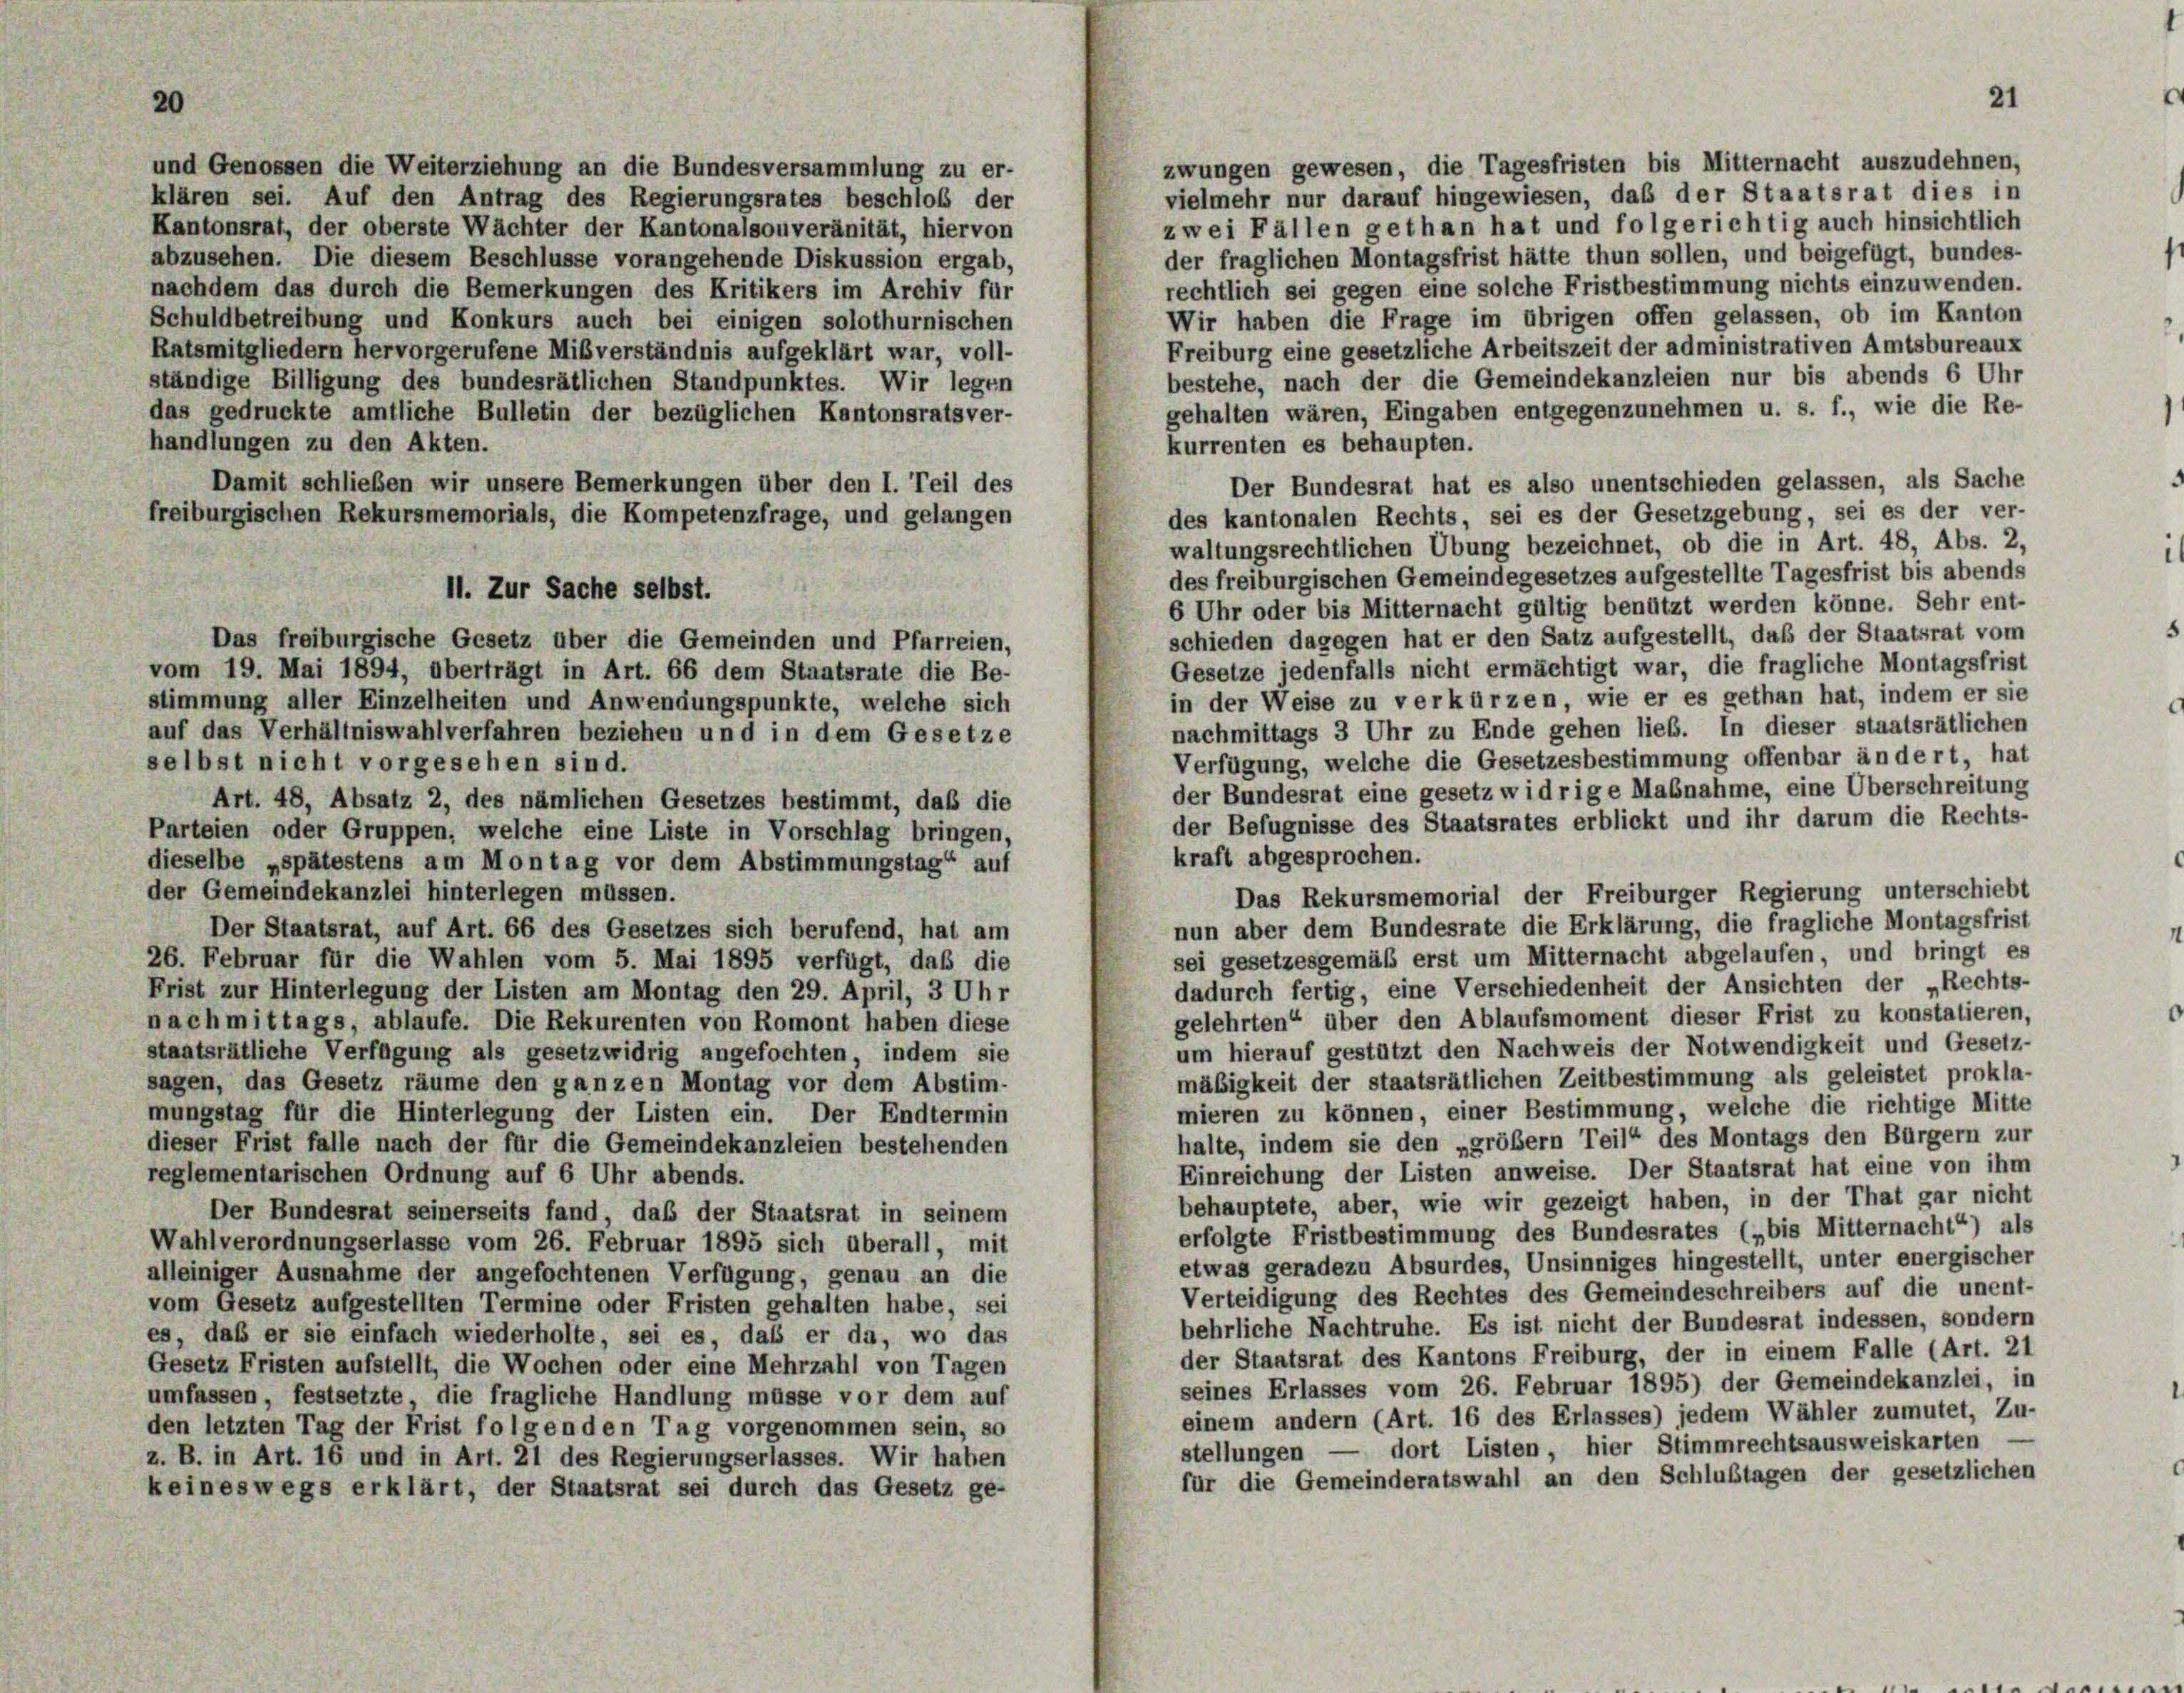
20

zwungen gewesen, die Tagesfristen bis Mitternacht auszudehnen,
und Genossen die Weiterziehung an die Bundesversammlung zu er-
vielmehr nur darauf hingewiesen, daß der Staatsrat dies in
klären sei. Auf den Antrag des Regierungsrates beschloß der
zwei Fällen gethan hat und folgerichtig auch hinsichtlich
Kantonsrat, der oberste Wächter der Kantonalsouveränität, hiervon
der fraglichen Montagsfrist hätte thun sollen, und beigefügt, bundes-
abzusehen. Die diesem Beschlüsse vorangehende Diskussion ergab,
rechtlich sei gegen eine solche Fristbestimmung nichts einzuwenden.
nachdem das durch die Bemerkungen des Kritikers im Archiv für
Wir haben die Frage im übrigen offen gelassen, ob im Kanton
Schuldbetreibung und Konkurs auch bei einigen solothurnischen
Freiburg eine gesetzliche Arbeitszeit der administrativen Amtsbureaux
Ratsmitgliedern hervorgerufene Mißverständnis aufgeklärt war, voll-
bestehe, nach der die Gemeindekanzleien nur bis abends 6 Uhr
ständige Billigung des bundesrätlichen Standpunktes. Wir legen
gehalten wären, Eingaben entgegenzunehmen u. s. f., wie die Re-
das gedruckte amtliche Bulletin der bezüglichen Kantonsratsver-
handlungen zu den Akten.
kurrenten es behaupten.
Damit schließen wir unsere Bemerkungen über den I. Teil des
Der Bundesrat hat es also unentschieden gelassen, als Sache
des kantonalen Rechts, sei es der Gesetzgebung, sei es der ver-
freiburgischen Rekursmemorials, die Kompetenzfrage, und gelangen
waltungsrechtlichen Übung bezeichnet, ob die in Art. 48, Abs. 2,
des freiburgischen Gemeindegesetzes aufgestellte Tagesfrist bis abends
6 Uhr oder bis Mitternacht gültig benützt werden könne. Sehr ent-
schieden dagegen hat er den Satz aufgestellt, daß der Staatsrat vom
Das freiburgische Gesetz über die Gemeinden und Pfarreien,
Gesetze jedenfalls nicht ermächtigt war, die fragliche Montagsfrist
vom 19. Mai 1894, überträgt in Art. 66 dem Staatsrate die Be-
in der Weise zu verkürzen, wie er es gethan hat, indem er sie
stimmung aller Einzelheiten und Anwendungspunkte, welche sich
nachmittags 3 Uhr zu Ende gehen lieb. In dieser staatsrätlichen
auf das Verhältniswahlverfahren beziehen und in dem Gesetze
Verfügung, welche die Gesetzesbestimmung offenbar ändert, hat
selbst nicht vorgesehen sind.
der Bundesrat eine gesetzwidrige Maßnahme, eine Überschreitung
Art. 48, Absatz 2, des nämlichen Gesetzes bestimmt, daß die
der Befugnisse des Staatsrates erblickt und ihr darum die Rechts-
Parteien oder Gruppen, welche eine Liste in Vorschlag bringen,
kraft abgesprochen.
dieselbe „spätestens am Montag vor dem Abstimmungstag“ auf
der Gemeindekanzlei hinterlegen müssen.
Das Rekursmemorial der Freiburger Regierung unterschiebt
nun aber dem Bundesrate die Erklärung, die fragliche Montagsfrist
Der Staatsrat, auf Art. 66 des Gesetzes sich berufend, hat am
sei gesetzesgemäß erst um Mitternacht abgelaufen, und bringt es
26. Februar für die Wahlen vom 5. Mai 1895 verfügt, daß die
dadurch fertig, eine Verschiedenheit der Ansichten der „Rechts-
Frist zur Hinterlegung der Listen am Montag den 29. April, 3 Uhr
gelehrten“ über den Ablaufsmoment dieser Frist zu konstatieren,
nachmittags, ablaufe. Die Rekurenten von Romont haben diese
um hierauf gestützt den Nachweis der Notwendigkeit und Gesetz-
staatsrätliche Verfügung als gesetzwidrig angefochten, indem sie
mäßigkeit der staatsrätlichen Zeitbestimmung als geleistet prokla-
sagen, das Gesetz räume den ganzen Montag vor dem Abstim-
mieren zu können, einer Bestimmung, welche die richtige Mitte
mungstag für die Hinterlegung der Listen ein. Der Endtermin
halte, indem sie den „größer Teil“ des Montags den Bürgern zur
dieser Frist falle nach der für die Gemeindekanzleien bestehenden
Einreichung der Listen anweise. Der Staatsrat hat eine von ihm
reglementarischen Ordnung auf 6 Uhr abends.
behauptete, aber, wie wir gezeigt haben, in der That gar nicht
Der Bundesrat seinerseits fand, daß der Staatsrat in seinem
erfolgte Fristbestimmung des Bundesrates („bis Mitternacht“) als
Wahlverordnungserlasse vom 26. Februar 1895 sich überall, mit
etwas geradezu Absurdes, Unsinniges hingestellt, unter energischer
alleiniger Ausnahme der angefochtenen Verfügung, genau an die
Verteidigung des Rechtes des Gemeindeschreibers auf die unent-
vom Gesetz aufgestellten Termine oder Fristen gehalten habe, sei
behrliche Nachtruhe. Es ist nicht der Bundesrat indessen, sondern
es, daß er sie einfach wiederholte, sei es, daß er da, wo das
der Staatsrat des Kantons Freiburg, der in einem Falle (Art. 21
Gesetz Fristen aufstellt, die Wochen oder eine Mehrzahl von Tagen
seines Erlasses vom 26. Februar 1895) der Gemeindekanzlei, in
umfassen, festsetzte, die fragliche Handlung müsse vor dem auf
einem andern (Art. 16 des Erlasses) jedem Wähler zumutet, Zu-
den letzten Tag der Frist folgenden Tag vorgenommen sein, so
stellungen — dort Listen, hier Stimmrechtsausweiskarten —
z. B. in Art. 16 und in Art. 21 des Regierungserlasses. Wir haben
für die Gemeinderatswahl an den Schlußtagen der gesetzlichen
keineswegs erklärt, der Staatsrat sei durch das Gesetz ge-

11. Zur Sache selbst.

21